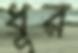
ধূর